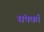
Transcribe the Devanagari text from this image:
संपर्का